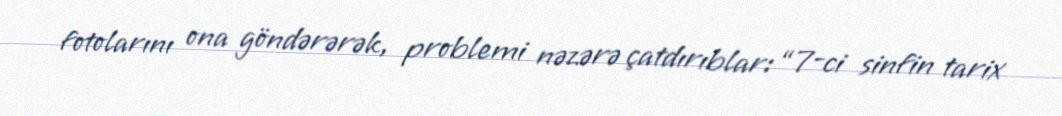
fotolarını ona göndərərək, problemi nəzərə çatdırıblar: “7-ci sinfin tarix